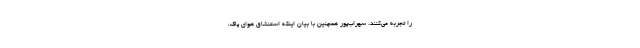
را تجربه می‌کنند. سهراب‌پور همچنین با بیان اینکه استنشاق هوای پاک،